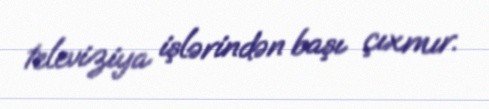
televiziya işlərindən başı çıxmır.